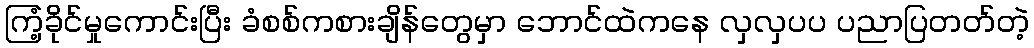
ကြံ့ခိုင်မှုကောင်းပြီး ခံစစ်ကစားချိန်တွေမှာ ဘောင်ထဲကနေ လှလှပပ ပညာပြတတ်တဲ့